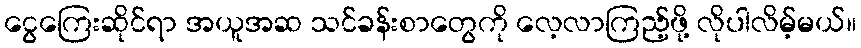
ငွေကြေးဆိုင်ရာ အယူအဆ သင်ခန်းစာတွေကို လေ့လာကြည့်ဖို့ လိုပါလိမ့်မယ်။